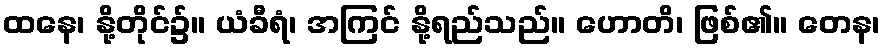
ထနေ၊ နို့တိုင်၌။ ယံခီရံ၊ အကြင် နို့ရည်သည်။ ဟောတိ၊ ဖြစ်၏။ တေန၊